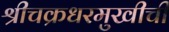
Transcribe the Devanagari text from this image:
श्रीचक्रधरमुखीची